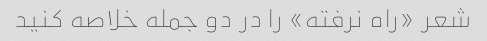
شعر «راه نرفته» را در دو جمله خلاصه کنید